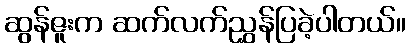
ဆွန်ဇူးက ဆက်လက်ညွှန်ပြခဲ့ပါတယ်။